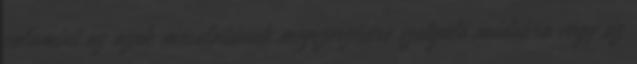
valamint az azok másolatának megszerzésére szolgáló módokra vagy az